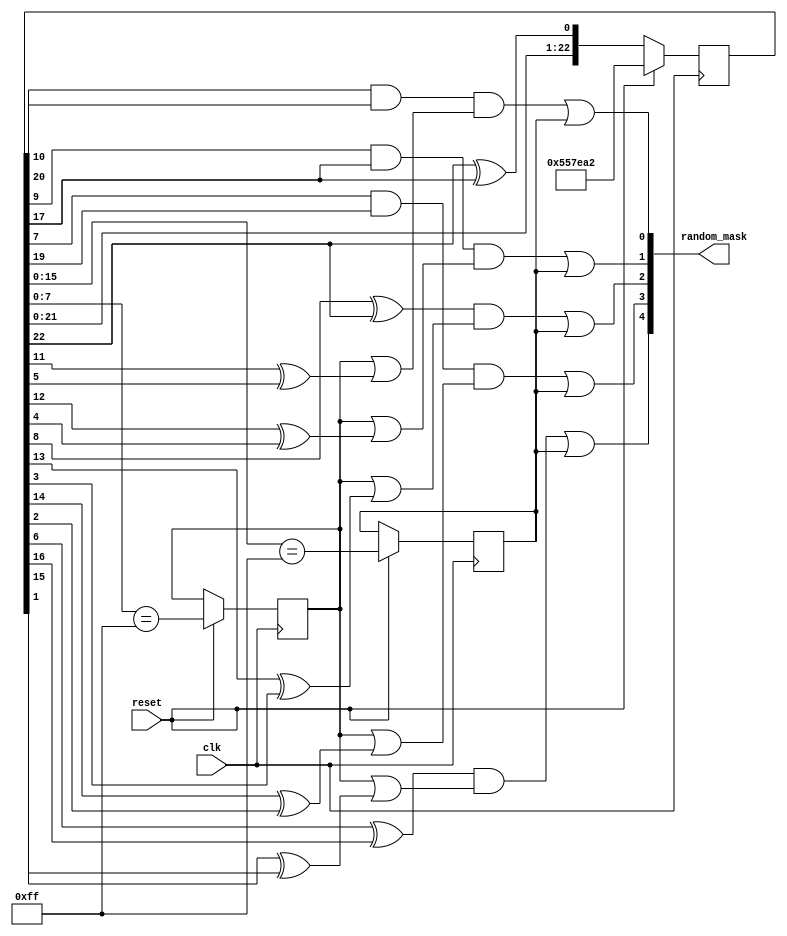
module pseudo_random (
    input clk,
    input reset,
    output [4:0] random_mask 
);

reg [22:0] pseudo_random_23;
reg no_mask;
reg short_delay;
always @ (posedge clk)
begin
    if (reset)
        pseudo_random_23 <= {7'b1010101, 16'h7ea2};
    else
        pseudo_random_23 <= {pseudo_random_23[21:0], pseudo_random_23[22] ^ pseudo_random_23[17]};
    
    if (reset)
        no_mask <= pseudo_random_23[15:0]==16'h00FF;

    if (reset)
        short_delay <= pseudo_random_23[7:0]==8'hFF;
end
assign random_mask[0] = (pseudo_random_23[10]&pseudo_random_23[20]) & (short_delay|(pseudo_random_23[11]^pseudo_random_23[5]))
                          | no_mask;
assign random_mask[1] = (pseudo_random_23[ 9]&pseudo_random_23[17]) & (short_delay|(pseudo_random_23[12]^pseudo_random_23[4]))
                          | no_mask;
assign random_mask[2] = (pseudo_random_23[ 8]^pseudo_random_23[22]) & (short_delay|(pseudo_random_23[13]^pseudo_random_23[3]))
                          | no_mask;
assign random_mask[3] = (pseudo_random_23[ 7]&pseudo_random_23[19]) & (short_delay|(pseudo_random_23[14]^pseudo_random_23[2]))
                          | no_mask;
assign random_mask[4] = (pseudo_random_23[ 6]^pseudo_random_23[16]) & (short_delay|(pseudo_random_23[15]^pseudo_random_23[1]))
                          | no_mask;

endmodule